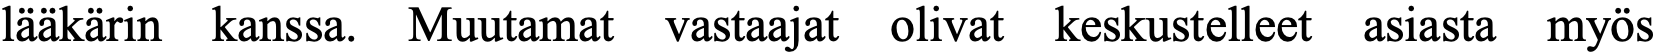
lääkärin kanssa. Muutamat vastaajat olivat keskustelleet asiasta myös